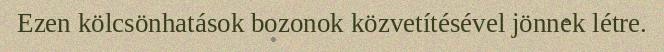
Ezen kölcsönhatások bozonok közvetítésével jönnek létre.